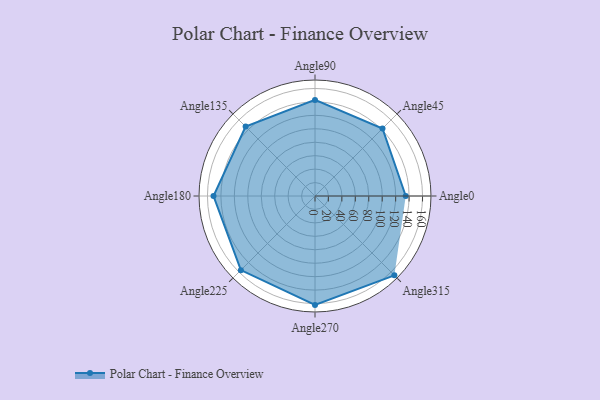
{"axis": {"x": "Angle", "y": "Radius"}, "legend": [""], "data": [{"x": "Angle0", "y": 135.0, "type": ""}, {"x": "Angle45", "y": 142.0, "type": ""}, {"x": "Angle90", "y": 143.0, "type": ""}, {"x": "Angle135", "y": 146.0, "type": ""}, {"x": "Angle180", "y": 151.0, "type": ""}, {"x": "Angle225", "y": 156.0, "type": ""}, {"x": "Angle270", "y": 162.0, "type": ""}, {"x": "Angle315", "y": 167.0, "type": ""}]}